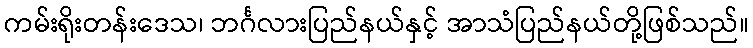
ကမ်းရိုးတန်းဒေသ၊ ဘင်္ဂလားပြည်နယ်နှင့် အာသံပြည်နယ်တို့ဖြစ်သည်။